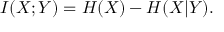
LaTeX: I ( X ; Y ) = H ( X ) - H ( X | Y ) .